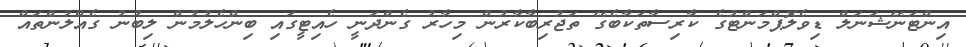
އިންޓަނޭޝަނަލް ޑިވެލޮޕްމަންޓުގެ ކާރިސާތަކާބެގޭ ތަޖުރިބާކާރުން މިހާރު ގެންދަނީ ހެއިޓީގައި ބިންހެލުމުން ލިބުނު ގެއްލުންތައް